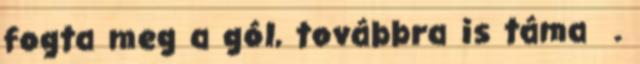
fogta meg a gól, továbbra is táma .